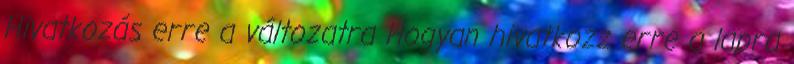
Hivatkozás erre a változatra Hogyan hivatkozz erre a lapra